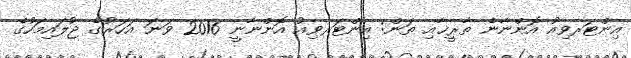
އިންޓަރވިއު އޮންނާނެ ތާރީޚާއި ތަން: އިންޓަރވިއު އޮންނާނީ 2016 ވަނަ އަހަރުގެ ޖުލައިމަހުގެ